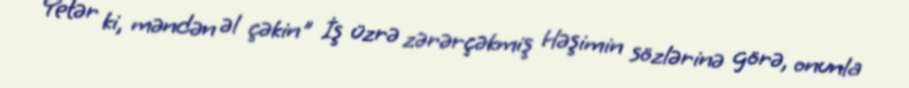
Yetər ki, məndən əl çəkin" İş üzrə zərərçəkmiş Həşimin sözlərinə görə, onunla